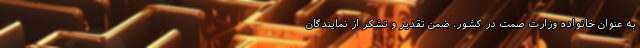
به عنوان خانواده وزارت صمت در کشور، ضمن تقدیر و تشکر از نمایندگان